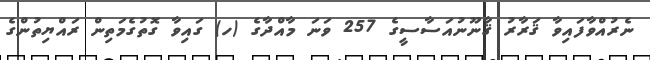
ނެރުއްވާފައިވާ ޤަރާރު ޤާނޫނުއަސާސީގެ 257 ވަނަ މާއްދާގެ (ހ) ގައިވާ ގޮތުގެމަތިން ރައްޔިތުންގެ